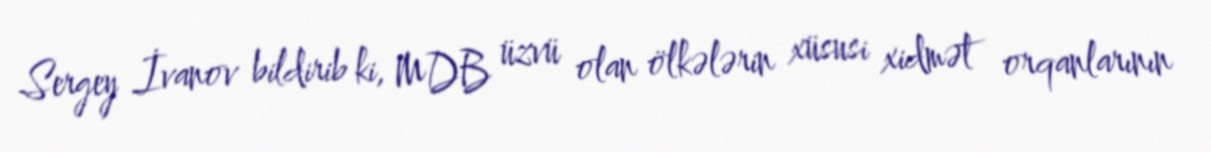
Sergey İvanov bildirib ki, MDB üzvü olan ölkələrin xüsusi xidmət orqanlarının